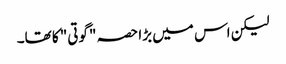
لیکن اس میں بڑا حصہ "گوتی" کا تھا۔